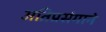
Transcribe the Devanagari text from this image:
अतिप्रसंगाने